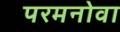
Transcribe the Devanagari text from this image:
परमनोवा